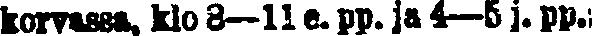
korvassa, klo 8—11 e. pp. ja 4—5 j. pp.